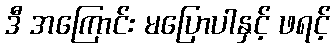
ဒီ အကြောင်း မပြောပါနှင့် ဖရင့်